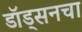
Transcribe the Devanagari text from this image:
डॉड्सनचा